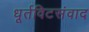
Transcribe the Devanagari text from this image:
धूर्तविटसंवाद